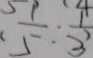
\frac { 1 } { 5 } : \frac { 1 } { 3 }